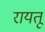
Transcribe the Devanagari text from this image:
रायतू